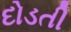
દોડતી